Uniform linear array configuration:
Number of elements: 8
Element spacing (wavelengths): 0.75
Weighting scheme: exponential
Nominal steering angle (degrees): -60
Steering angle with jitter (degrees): -58.473
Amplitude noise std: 0.05
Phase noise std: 0.05

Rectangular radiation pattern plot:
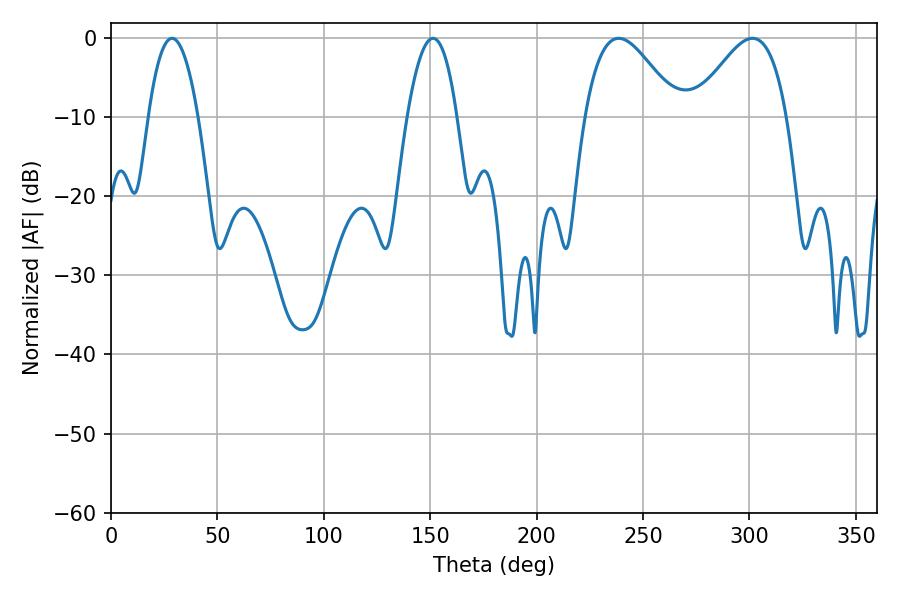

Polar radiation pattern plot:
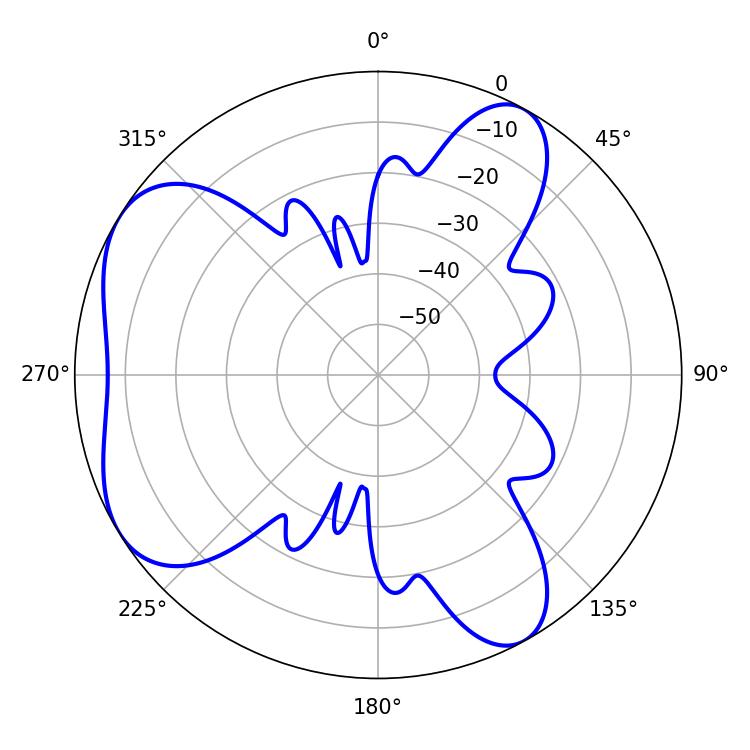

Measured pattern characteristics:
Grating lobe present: TRUE
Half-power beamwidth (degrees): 23.4
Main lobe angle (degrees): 238.5